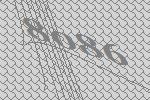
8086